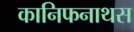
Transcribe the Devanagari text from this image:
कानिफनाथस